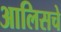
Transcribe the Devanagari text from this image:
आलिसचे